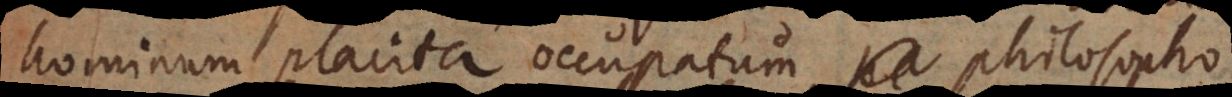
hominum placita occupatum philosopho